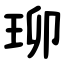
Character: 珋